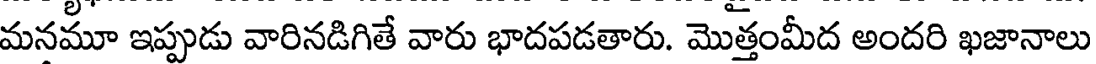
మనమూ ఇప్పుడు వారినడిగితే వారు భాదపడతారు. మొత్తంమీద అందరి ఖజానాలు